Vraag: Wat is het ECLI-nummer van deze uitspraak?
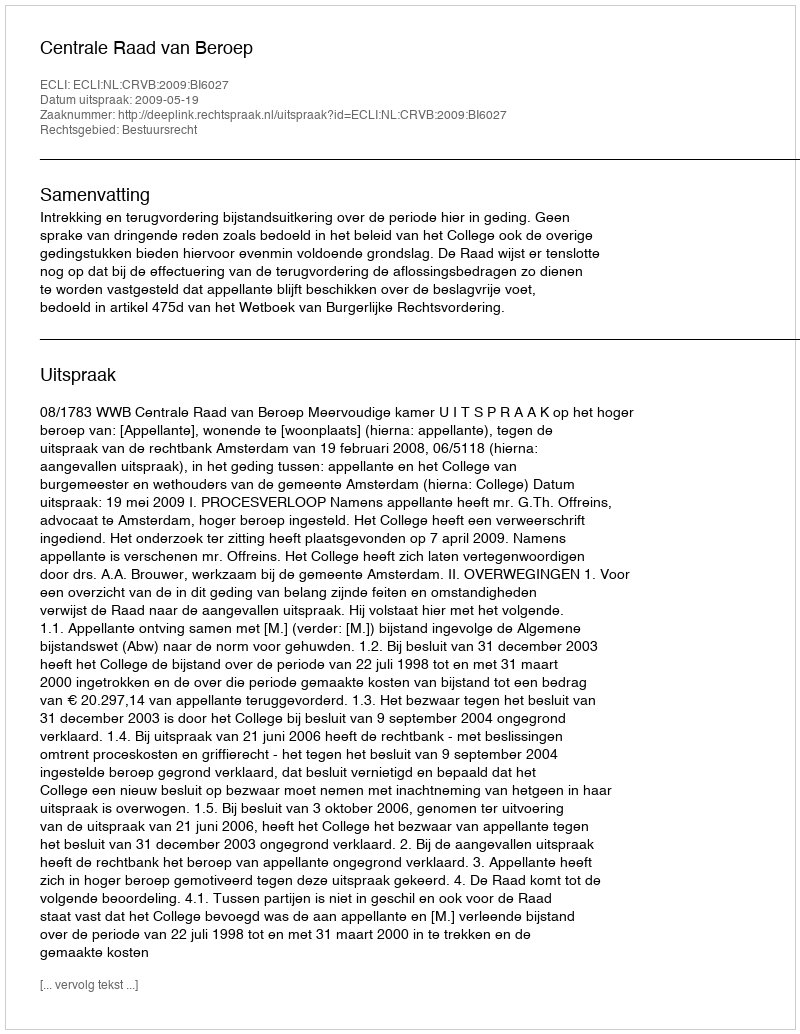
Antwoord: ECLI:NL:CRVB:2009:BI6027